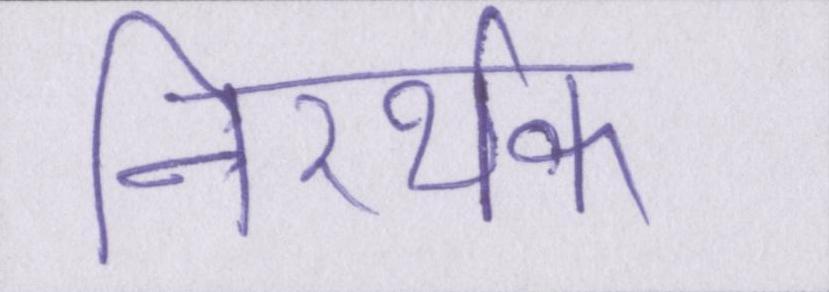
निरर्थक